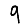
Digit: 9